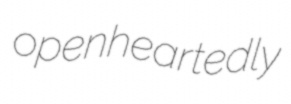
openheartedly